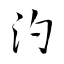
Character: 汋